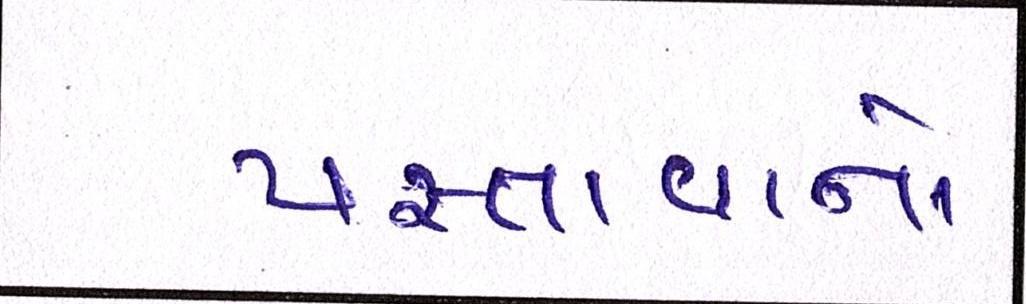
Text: પસ્તાવાનો